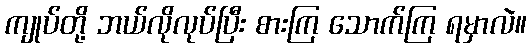
ကျုပ်တို့ ဘယ်လိုလုပ်ပြီး စားကြ သောက်ကြ ရမှာလဲ။